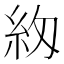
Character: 𮈅